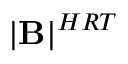
\mathbf { \left| B \right| } ^ { H R T }